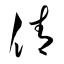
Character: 倩